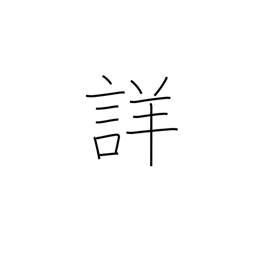
Meaning: accurate